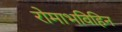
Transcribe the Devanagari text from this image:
रोमाभविहिन